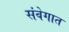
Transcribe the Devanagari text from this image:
संवेगात